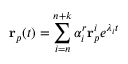
\mathbf { r } _ { p } ( t ) = \sum _ { i = n } ^ { n + k } \alpha _ { i } ^ { r } \mathbf { r } _ { p } ^ { i } e ^ { \lambda _ { i } t }